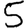
Digit: 5